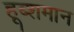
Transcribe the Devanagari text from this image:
हूब्शमान